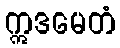
ဣဒမေတံ